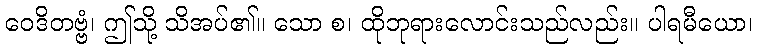
ဝေဒိတဗ္ဗံ၊ ဤသို့ သိအပ်၏။ သော စ၊ ထိုဘုရားလောင်းသည်လည်း။ ပါရမီယော၊